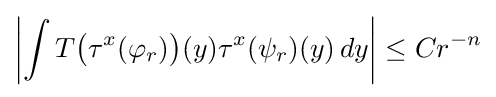
\left|\int T{\bigl (}\tau ^{x}(\varphi _{r}){\bigr )}(y)\tau ^{x}(\psi _{r})(y)\,dy\right|\leq Cr^{-n}